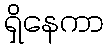
ရှိနေကာ